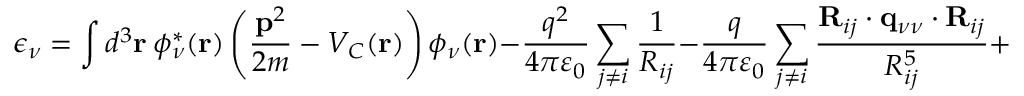
\epsilon _ { \nu } = \int d ^ { 3 } { \bf r } ~ \phi _ { \nu } ^ { \ast } ( { \bf r } ) \left( \frac { { \bf p } ^ { 2 } } { 2 m } - V _ { C } ( { \bf r } ) \right) \phi _ { \nu } ( { \bf r } ) - \frac { q ^ { 2 } } { 4 \pi \varepsilon _ { 0 } } \sum _ { j \neq i } \frac { 1 } { R _ { i j } } - \frac { q } { 4 \pi \varepsilon _ { 0 } } \sum _ { j \neq i } \frac { { \bf R } _ { i j } \cdot { \bf q } _ { \nu \nu } \cdot { \bf R } _ { i j } } { R _ { i j } ^ { 5 } } + \dots \, ,